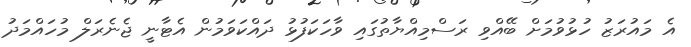
އެ މައުރަޒު ހުޅުވުމަށް ބޭއްވި ރަސްމިއްޔާތުގައި ވާހަކަފުޅު ދައްކަވަމުން އެޓާނީ ޖެނެރަލް މުހައްމަދު